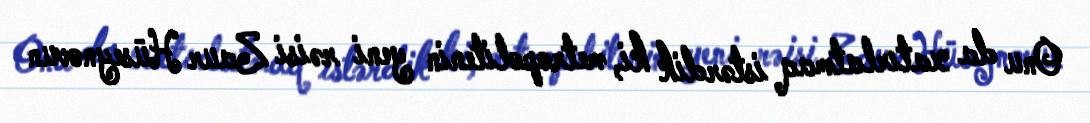
Onu da xatırlatmaq istərdik ki, metropolitenin yeni rəisi Zaur Hüseynovun